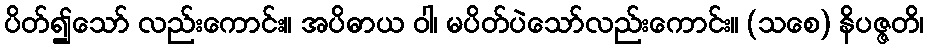
ပိတ်၍သော် လည်းကောင်း။ အပိဓာယ ဝါ၊ မပိတ်ပဲသော်လည်းကောင်း။ (သစေ) နိပဇ္ဇတိ၊